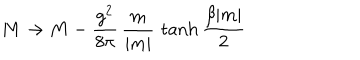
M \rightarrow M - { \frac { g ^ { 2 } } { 8 \pi } } \, { \frac { m } { | m | } } \, \tanh { \frac { \beta | m | } { 2 } }